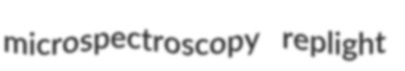
microspectroscopy replight